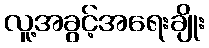
လူ့အခွင့်အရေးချိုး